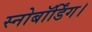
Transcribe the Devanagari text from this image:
स्नोबॉर्डिंग।